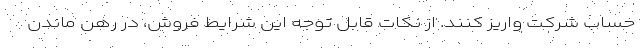
حساب شرکت واریز کنند. از نکات قابل توجه این شرایط فروش، در رهن ماندن